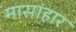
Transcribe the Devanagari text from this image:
मासांहार